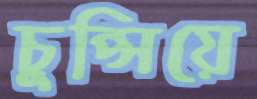
চুপ্‌সিয়ে